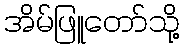
အိမ်ဖြူတော်သို့